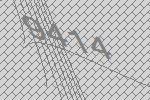
9414